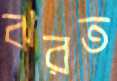
ঝরত